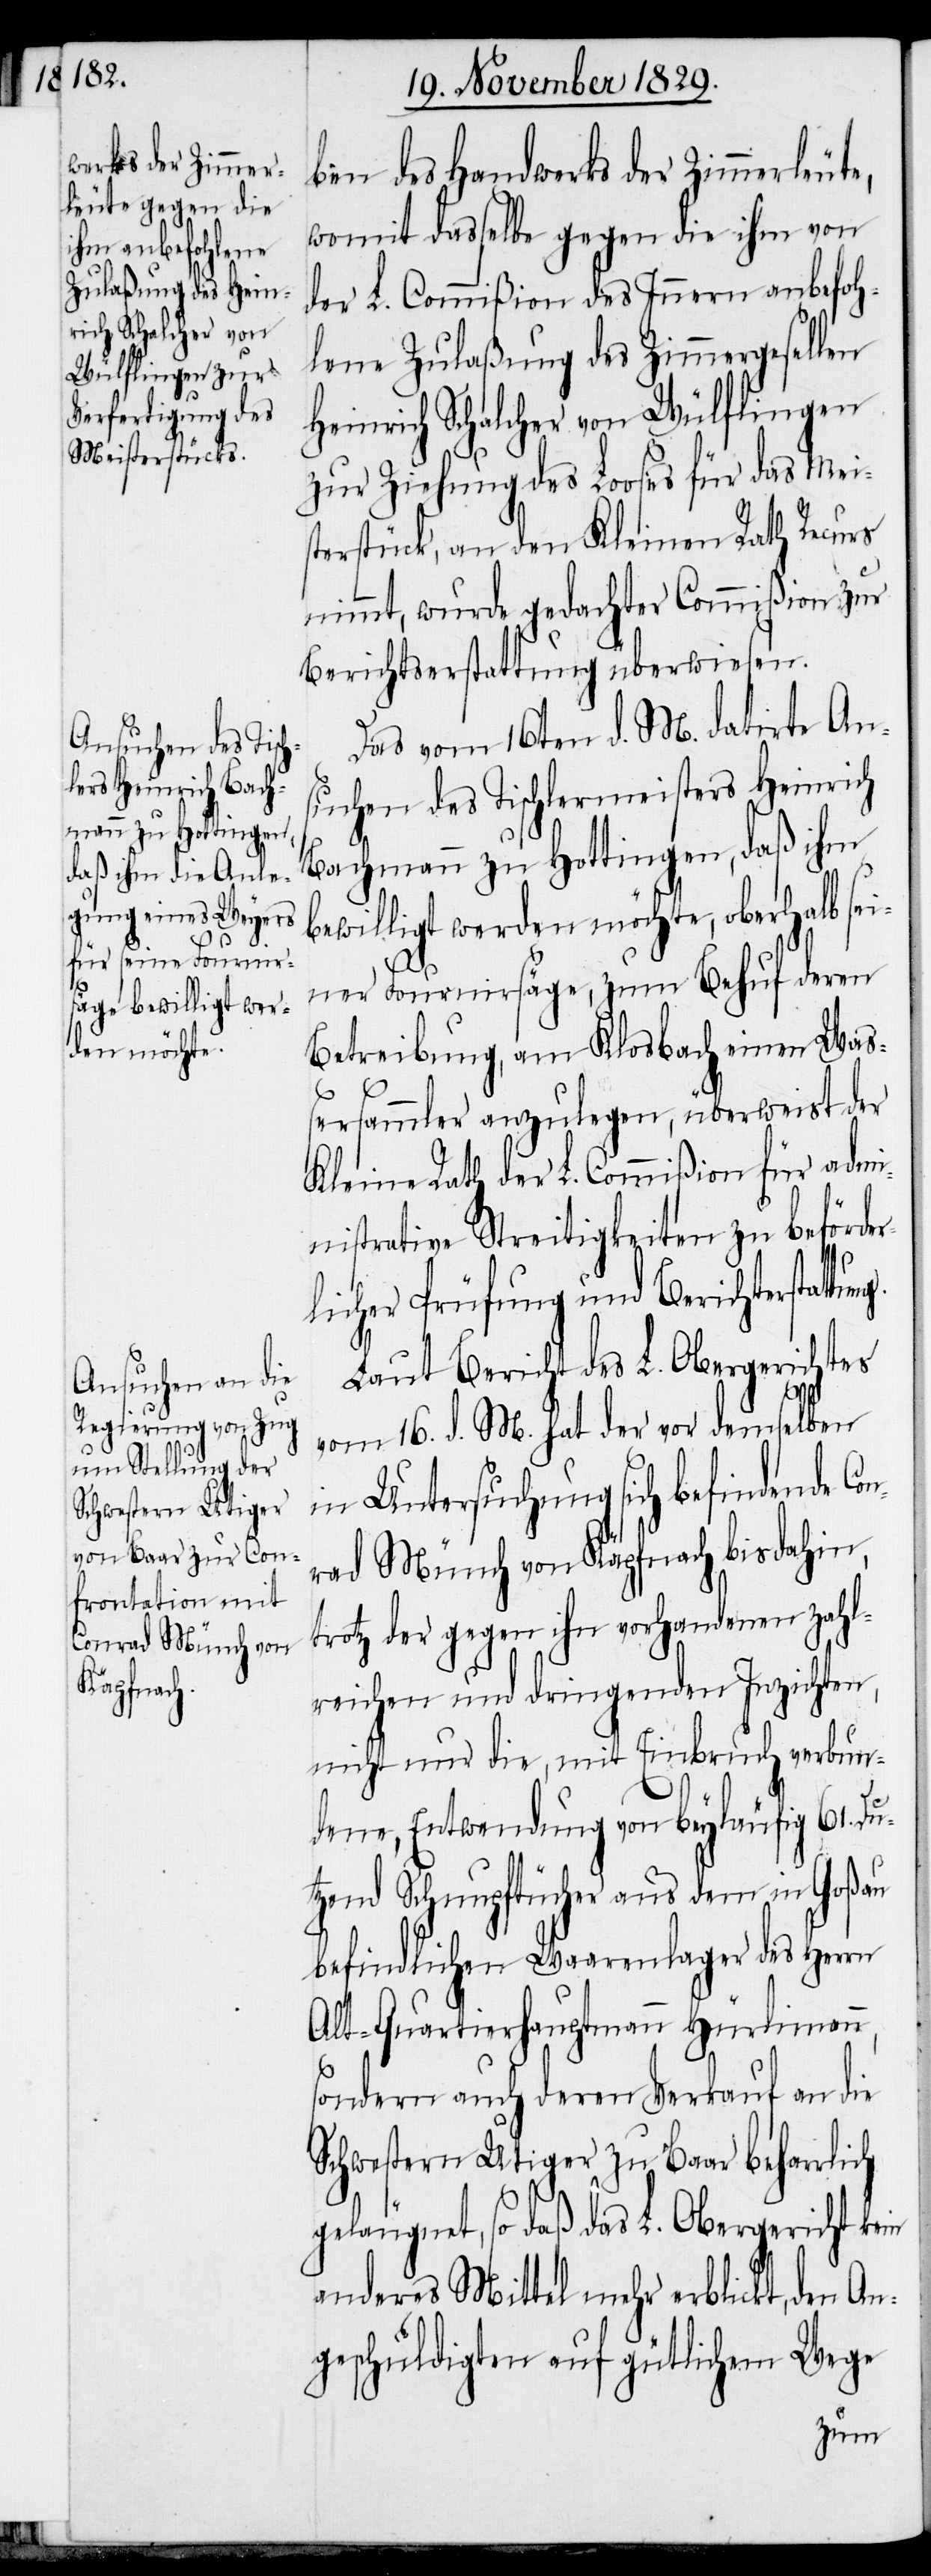
tung.

ben des Handwerks der Zimmerleute,
womit dasselbe gegen die ihm von
der L. Commißion des Innern anbefoh¬
lene Zulaßung des Zimmergesellen
Heinrich Schalcher von Wülflingen
zur Ziehung des Looses für das Mei¬
sterstück, an den Kleinen Rath Recurs
nimmt, wurde gedachter Commißion zur
Berichterstattung überwiesen.
Das vom 16ten d. M. datirte An¬
suchen des Tischlermeisters Heinrich
Bachmann zu Hottingen, daß ihm
bewilligt werden möchte, oberhalb sei¬
ner Fournirsäge, zum Behuf deren
Betreibung, am Klosbach einen Wa¬
ßersammler anzulegen, überweist der
Kleine Rath der L. Commißion für adm¬
inistrative Streitigkeiten zu beförde¬
licher Prüfung und Berichterstat¬
Laut Bericht des L. Obergerichtes
r¬
vom 16. d. M. hat der vor demselben
in Untersuchung sich befindende Co¬
nrad Münch von Käpfnach bisdahin,
trotz der gegen ihn vorhandenen zahl¬
reichen und dringenden Inzichten,
nicht nur die, mit Einbruch verbun¬
dene, Entwendung von beyläufig 61. Du¬
tzend Schnupftücher aus dem in Goßau
befindlichen Waarenlager des Herrn
Alt-Quartierhauptmann Hürlimann,
sondern auch deren Verkauf an die
Schwestern Utiger zu Baar beharrlich
geläugnet, so daß das L. Obergericht kein
anderes Mittel mehr erblickt, den An¬
geschuldigten auf gütlichem Wege